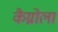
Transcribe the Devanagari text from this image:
कैग्नोला